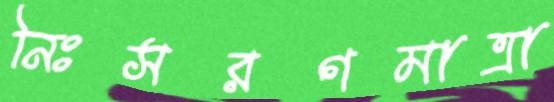
নিঃসরণমাত্রা